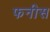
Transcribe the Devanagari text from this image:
फनीस